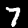
Digit: 7